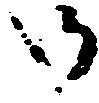
御